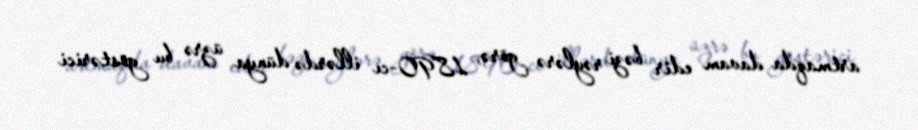
artmaqda davam edir bəzi rəylərə görə, 1890-cı illərdə dünya üzrə bu göstərici